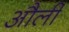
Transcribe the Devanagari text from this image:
और्ली